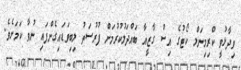
ވިދާޅުވީ ކްރިމިނަލް ކޯޓުގެ އިސް ގާޒީއާ ބައްދަލުކުރުމަށް ފުރުސަތު ލިބިވަޑައިގެންފައި ނުވާ ކަމަށެވެ.